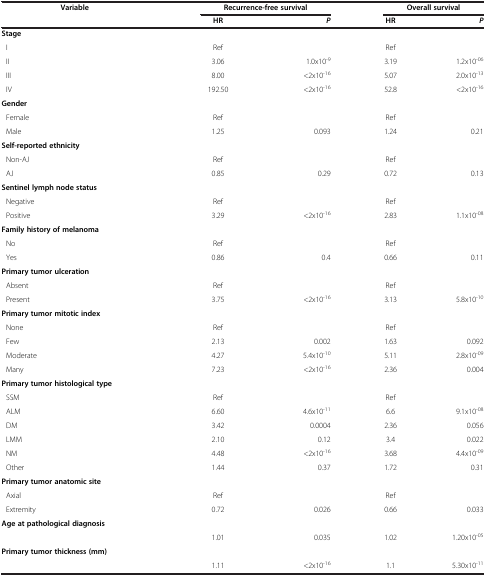
<table><thead><tr><td><b>Variable</b></td><td><b> </b></td><td colspan="2"><b>Recurrence-free survival</b></td><td colspan="5"><b>Overall survival</b></td></tr><tr><td><b> </b></td><td><b>HR</b></td><td><b><i>P</i></b></td><td><b>HR</b></td><td><b><i>P</i></b></td><td><b> </b></td><td><b> </b></td><td><b> </b></td><td><b> </b></td></tr></thead><tbody><tr><td><b>Stage</b></td><td> </td><td> </td><td> </td><td> </td></tr><tr><td>I</td><td>Ref</td><td> </td><td>Ref</td><td> </td></tr><tr><td>II</td><td>3.06</td><td>1.0x10<sup>-9</sup></td><td>3.19</td><td>1.2x10<sup>-06</sup></td></tr><tr><td>III</td><td>8.00</td><td>&lt;2x10<sup>-16</sup></td><td>5.07</td><td>2.0x10<sup>-13</sup></td></tr><tr><td>IV</td><td>192.50</td><td>&lt;2x10<sup>-16</sup></td><td>52.8</td><td>&lt;2x10<sup>-16</sup></td></tr><tr><td><b>Gender</b></td><td> </td><td> </td><td> </td><td> </td></tr><tr><td>Female</td><td>Ref</td><td> </td><td>Ref</td><td> </td></tr><tr><td>Male</td><td>1.25</td><td>0.093</td><td>1.24</td><td>0.21</td></tr><tr><td><b>Self-reported ethnicity</b></td><td> </td><td> </td><td> </td><td> </td></tr><tr><td>Non-AJ</td><td>Ref</td><td> </td><td>Ref</td><td> </td></tr><tr><td>AJ</td><td>0.85</td><td>0.29</td><td>0.72</td><td>0.13</td></tr><tr><td><b>Sentinel lymph node status</b></td><td> </td><td> </td><td> </td><td> </td></tr><tr><td>Negative</td><td>Ref</td><td> </td><td>Ref</td><td> </td></tr><tr><td>Positive</td><td>3.29</td><td>&lt;2x10<sup>-16</sup></td><td>2.83</td><td>1.1x10<sup>-08</sup></td></tr><tr><td><b>Family history of melanoma</b></td><td> </td><td> </td><td> </td><td> </td></tr><tr><td>No</td><td>Ref</td><td> </td><td>Ref</td><td> </td></tr><tr><td>Yes</td><td>0.86</td><td>0.4</td><td>0.66</td><td>0.11</td></tr><tr><td><b>Primary tumor ulceration</b></td><td> </td><td> </td><td> </td><td> </td></tr><tr><td>Absent</td><td>Ref</td><td> </td><td>Ref</td><td> </td></tr><tr><td>Present</td><td>3.75</td><td>&lt;2x10<sup>-16</sup></td><td>3.13</td><td>5.8x10<sup>-10</sup></td></tr><tr><td><b>Primary tumor mitotic index</b></td><td> </td><td> </td><td> </td><td> </td></tr><tr><td>None</td><td>Ref</td><td> </td><td>Ref</td><td> </td></tr><tr><td>Few</td><td>2.13</td><td>0.002</td><td>1.63</td><td>0.092</td></tr><tr><td>Moderate</td><td>4.27</td><td>5.4x10<sup>-10</sup></td><td>5.11</td><td>2.8x10<sup>-09</sup></td></tr><tr><td>Many</td><td>7.23</td><td>&lt;2x10<sup>-16</sup></td><td>2.36</td><td>0.004</td></tr><tr><td><b>Primary tumor histological type</b></td><td> </td><td> </td><td> </td><td> </td></tr><tr><td>SSM</td><td>Ref</td><td> </td><td>Ref</td><td> </td></tr><tr><td>ALM</td><td>6.60</td><td>4.6x10<sup>-11</sup></td><td>6.6</td><td>9.1x10<sup>-08</sup></td></tr><tr><td>DM</td><td>3.42</td><td>0.0004</td><td>2.36</td><td>0.056</td></tr><tr><td>LMM</td><td>2.10</td><td>0.12</td><td>3.4</td><td>0.022</td></tr><tr><td>NM</td><td>4.48</td><td>&lt;2x10<sup>-16</sup></td><td>3.68</td><td>4.4x10<sup>-09</sup></td></tr><tr><td>Other</td><td>1.44</td><td>0.37</td><td>1.72</td><td>0.31</td></tr><tr><td><b>Primary tumor anatomic site</b></td><td> </td><td> </td><td> </td><td> </td></tr><tr><td>Axial</td><td>Ref</td><td> </td><td>Ref</td><td> </td></tr><tr><td>Extremity</td><td>0.72</td><td>0.026</td><td>0.66</td><td>0.033</td></tr><tr><td><b>Age at pathological diagnosis</b></td><td> </td><td> </td><td> </td><td> </td></tr><tr><td> </td><td>1.01</td><td>0.035</td><td>1.02</td><td>1.20x10<sup>-05</sup></td></tr><tr><td><b>Primary tumor thickness (mm)</b></td><td> </td><td> </td><td> </td><td> </td></tr><tr><td> </td><td>1.11</td><td>&lt;2x10<sup>-16</sup></td><td>1.1</td><td>5.30x10<sup>-11</sup></td></tr></tbody></table>